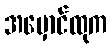
အမှောင်ထုက